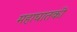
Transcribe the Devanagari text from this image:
महाघातकी